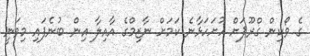
ގެ ވޯކިން ގްރޫޕަށް ހުށަހަޅާނެ ކަމަށް ނާޒިމްގެ އާއިލާ އިން ބުނެފައި މިވަނީ